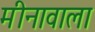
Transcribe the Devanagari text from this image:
मीनावाला